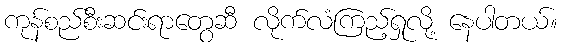
ကုန်စည်စီးဆင်းရာတွေဆီ လိုက်လံကြည့်ရှုလို့ နေပါတယ်။